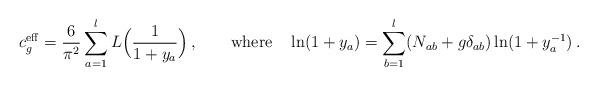
LaTeX: \begin{align*} c^{\rm eff}_g = \frac{6}{\pi^2} \sum_{a=1}^l L\Bigl( \frac{1}{1+y_a} \Bigr) \,, \qquad {\rm where} \quad \ln(1+y_a) = \sum_{b=1}^l ( N_{ab} + g \delta_{ab} ) \ln (1+y_a^{-1}) \,.\end{align*}